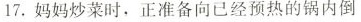
17.妈妈炒菜时，正准备向已经预热的锅内倒